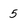
Character: 5